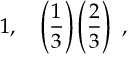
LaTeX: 1 , \quad \left( \frac { 1 } { 3 } \right) \left( \frac { 2 } { 3 } \right) \ ,